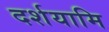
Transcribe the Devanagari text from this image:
दर्शयामि